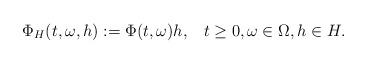
LaTeX: \begin{align*} \Phi_H(t,\omega, h) := \Phi(t,\omega)h,\;\;\; t\geq 0, \omega \in \Omega, h\in H.\end{align*}